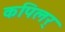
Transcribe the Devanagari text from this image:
कपिलर्